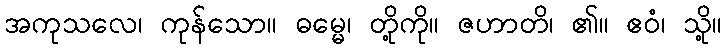
အကုသလေ၊ ကုန်သော။ ဓမ္မေ၊ တို့ကို။ ဇဟာတိ၊ ၏။ ဧဝံ၊ သို့။